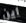
أين